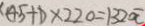
( 4 5 + 1 ) \times 2 2 0 = 1 3 2 0